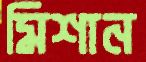
মিশান